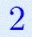
2